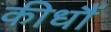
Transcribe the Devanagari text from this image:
कीधौं